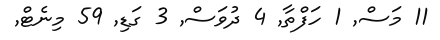
11 މަސް